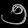
Digit: ၅